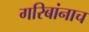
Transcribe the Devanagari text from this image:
गरिबांनाच